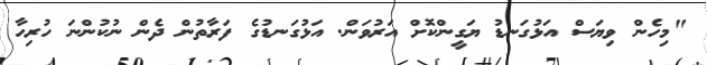
"މިހެން ވިޔަސް އަޅުގަނޑު ޔަގީންކޮށް އަރުވަން. އަޅުގަނޑުގެ ފަރާތުން ދެން ނުކުންނަ ހުރިހާ